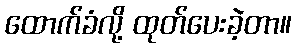
ထောက်ခံလို့ ထုတ်ပေးခဲ့တာ။